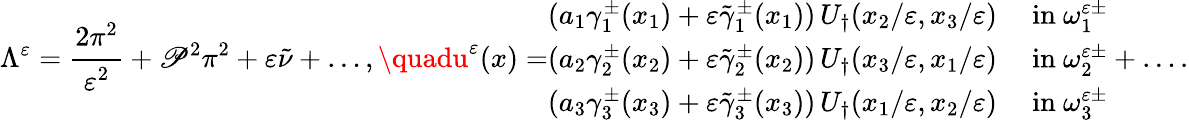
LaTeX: \Lambda^{\varepsilon}=\cfrac{2\pi^{2}}{\varepsilon^{2}}+\mathscr{P}^{2}\pi^{2}+\varepsilon\tilde{{\nu}}+\dots,\quadu^{\varepsilon}(x)=\begin{array}{rl}{(a_{1}\gamma_{1}^{\pm}(x_{1})+\varepsilon\tilde{\gamma}_{1}^{\pm}(x_{1}))\, U_{\dagger}(x_{2}/\varepsilon,x_{3}/\varepsilon)}&{\mathrm{~in~}\omega_{1}^{\varepsilon\pm}}\\ {(a_{2}\gamma_{2}^{\pm}(x_{2})+\varepsilon\tilde{\gamma}_{2}^{\pm}(x_{2}))\, U_{\dagger}(x_{3}/\varepsilon,x_{1}/\varepsilon)}&{\mathrm{~in~}\omega_{2}^{\varepsilon\pm}}\\ {(a_{3}\gamma_{3}^{\pm}(x_{3})+\varepsilon\tilde{\gamma}_{3}^{\pm}(x_{3}))\, U_{\dagger}(x_{1}/\varepsilon,x_{2}/\varepsilon)}&{\mathrm{~in~}\omega_{3}^{\varepsilon\pm}}\end{array}+\dots.